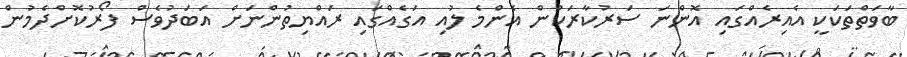
ބާވަތްތަކަކީ އެއިރެއްގައި އޮންނަ ސަރުކާރަކުން އެންމެ ލުއި އަގެއްގައި ރައްޔިތުންނަށް އަބަދުވެސް ފޯރުކޮށްދެމުން